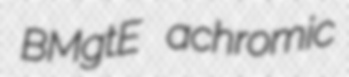
BMgtE achromic